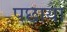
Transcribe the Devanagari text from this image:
पछाया